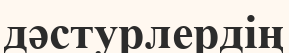
дәстурлердің